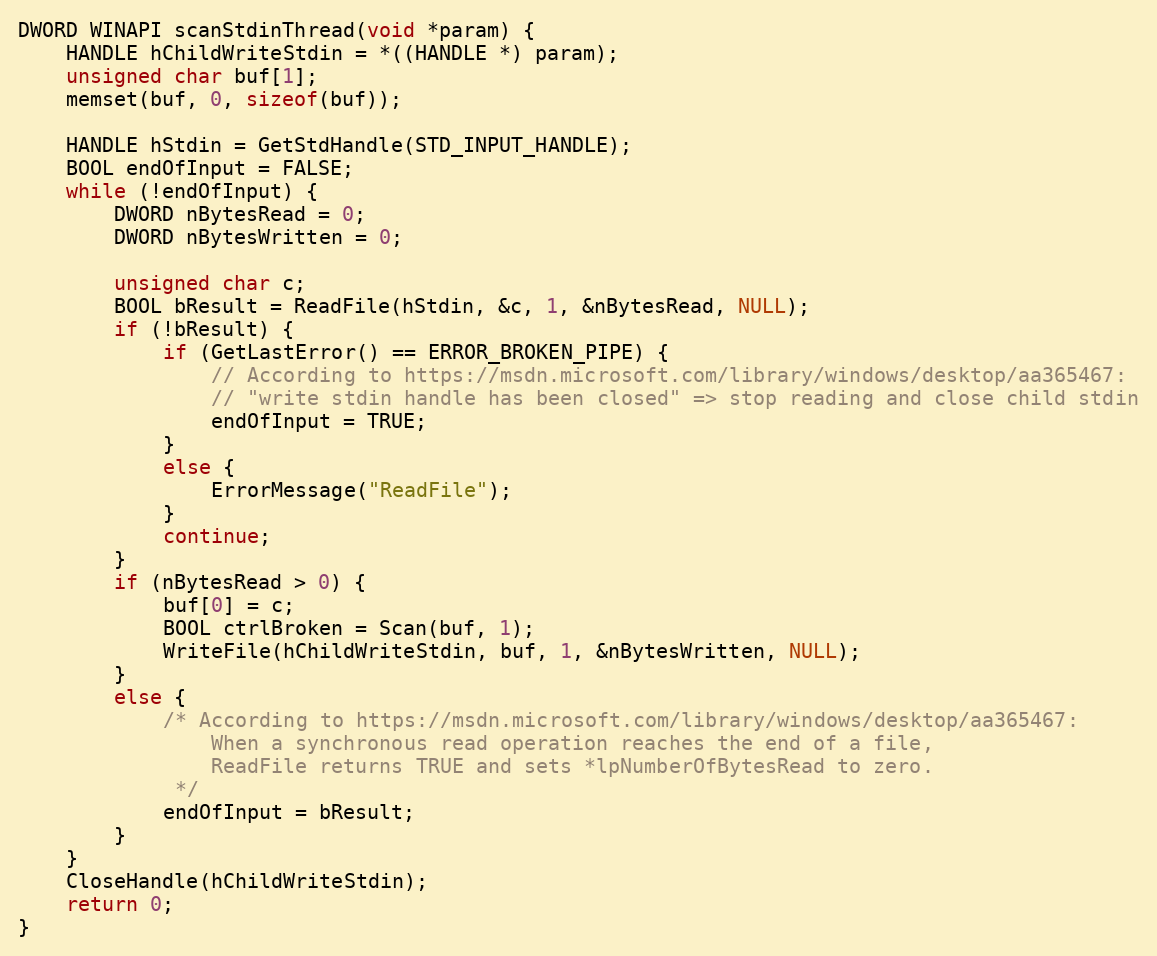
Language: C++
DWORD WINAPI scanStdinThread(void *param) {
	HANDLE hChildWriteStdin = *((HANDLE *) param);
	unsigned char buf[1];
	memset(buf, 0, sizeof(buf));

	HANDLE hStdin = GetStdHandle(STD_INPUT_HANDLE);
	BOOL endOfInput = FALSE;
	while (!endOfInput) {
		DWORD nBytesRead = 0;
		DWORD nBytesWritten = 0;

		unsigned char c;
		BOOL bResult = ReadFile(hStdin, &c, 1, &nBytesRead, NULL);
		if (!bResult) {
			if (GetLastError() == ERROR_BROKEN_PIPE) {
				// According to https://msdn.microsoft.com/library/windows/desktop/aa365467:
				// "write stdin handle has been closed" => stop reading and close child stdin
				endOfInput = TRUE;
			}
			else {
				ErrorMessage("ReadFile");
			}
			continue;
		}
		if (nBytesRead > 0) {
			buf[0] = c;
			BOOL ctrlBroken = Scan(buf, 1);
			WriteFile(hChildWriteStdin, buf, 1, &nBytesWritten, NULL);
		}
		else {
			/* According to https://msdn.microsoft.com/library/windows/desktop/aa365467:
				When a synchronous read operation reaches the end of a file,
				ReadFile returns TRUE and sets *lpNumberOfBytesRead to zero.
			 */
			endOfInput = bResult;
		}
	}
	CloseHandle(hChildWriteStdin);
	return 0;
}